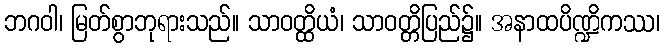
ဘဂဝါ၊ မြတ်စွာဘုရားသည်။ သာဝတ္ထိယံ၊ သာဝတ္တိပြည်၌။ အနာထပိဏ္ဍိကဿ၊